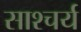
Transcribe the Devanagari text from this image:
साश्चर्य